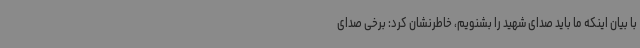
با بیان اینکه ما باید صدای شهید را بشنویم، خاطرنشان کرد: برخی صدای